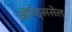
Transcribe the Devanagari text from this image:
व्हेन्ड्सिसेल